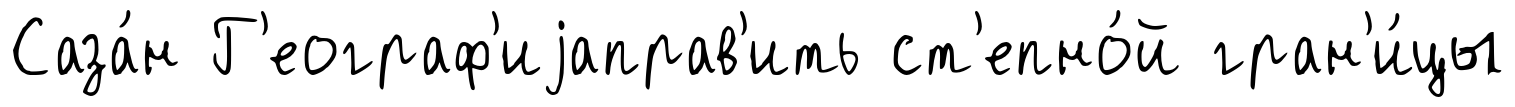
Саза́н Г'еограф'иjаправ'ить ст'епно́й гран'и́цы